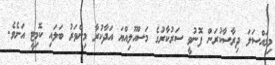
މިމައްސަލަ ދިރާސާކުރަން ފޮނުވީ ސަރުކާރުގެ މަސްއޫލިއްޔަ އަދާކުރާ މިންވަރު ބަލައި ކޮމިޓީ އަށެވެ.